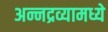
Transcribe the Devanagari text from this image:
अन्नद्रव्यामध्ये